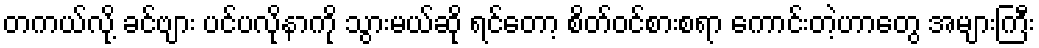
တကယ်လို့ ခင်ဗျား ပင်ပလိုနာကို သွားမယ်ဆို ရင်တော့ စိတ်ဝင်စားစရာ ကောင်းတဲ့ဟာတွေ အများကြီး